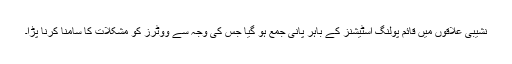
نشیبی علاقوں میں قائم پولنگ اسٹیشنز کے باہر پانی جمع ہو گیا جس کی وجہ سے ووٹرز کو مشکلات کا سامنا کرنا پڑا۔